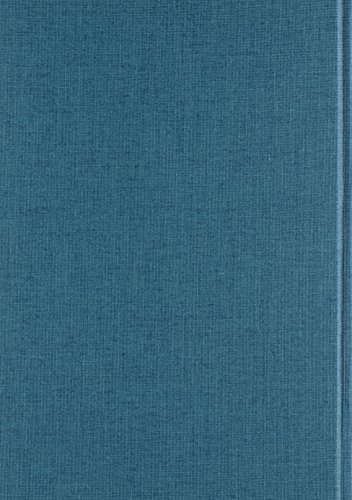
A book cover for Reading Joss Whedon (Television and Popular Culture); Humor & Entertainment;